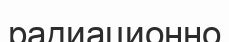
радиационно